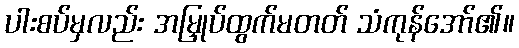
ပါးစပ်မှလည်း အမြှုပ်ထွက်မတတ် သံကုန်အော်၏။